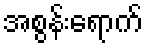
အစွန်းရောက်